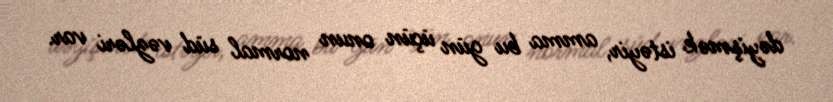
dəyişmək istəyir, amma bu gün üçün onun normal süd vəzləri var.